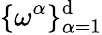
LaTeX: \{ \omega^{\alpha}\} _{\alpha=1}^{\mathrm{d}}